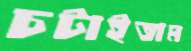
চটাইতাম